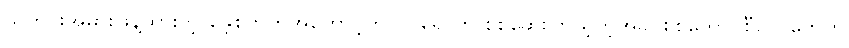
သတင်းအမှားဖြန့်ထားတဲ့ ဖေ့စ်ဘွတ်အကောင့်ကို ဝင်ရောက် စစ်ဆေးကြည့်တဲ့အခါ စစ်ကောင်စီတပ်တွေကို